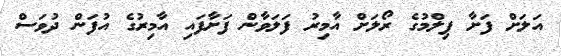
އަލަށް ފަށާ ފިލްމުގެ ރޯލަށް އާމިރު ފަލަވާން ފަށާފައި އާމިރުގެ އުފަން ދުވަސް